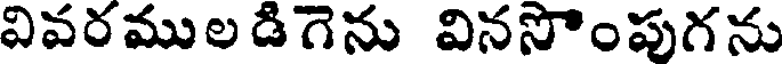
వివరముల డిగెను వినసొంపుగను